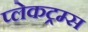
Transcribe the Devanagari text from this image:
प्लेकट्रम्स